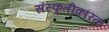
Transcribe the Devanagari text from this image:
संस्कृतीकरिता